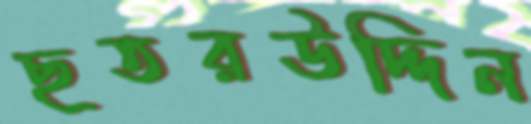
ছতরউদ্দিন